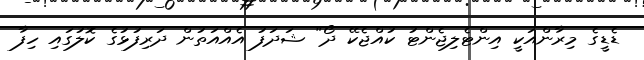
ޑެޑީގެ މިރާންއަކީ އިންޓެލިޖެންޓު ކުއްޖެކޭ ދޯ" ޝަދަފު އެއްއަތުން ދަރިފުޅުގެ ކޮލުގައި ހިފާ